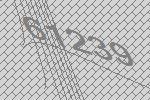
61239